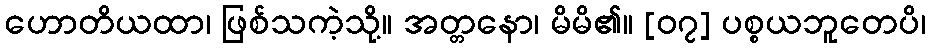
ဟောတိယထာ၊ ဖြစ်သကဲ့သို့။ အတ္တနော၊ မိမိ၏။ [၀၇] ပစ္စယဘူတေပိ၊